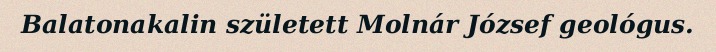
Balatonakalin született Molnár József geológus.